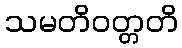
သမတိဝတ္တတိ